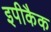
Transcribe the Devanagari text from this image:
इपीकैक